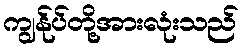
ကျွန်ုပ်တို့အားလုံးသည်